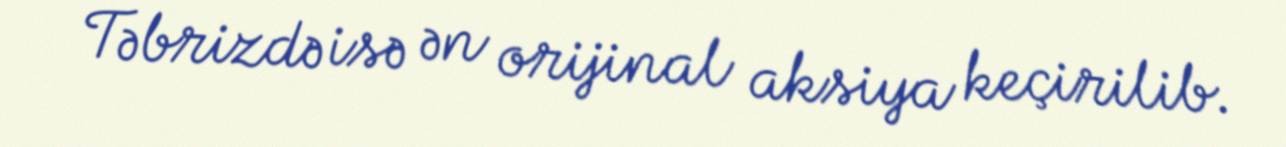
Təbrizdə isə ən orijinal aksiya keçirilib.